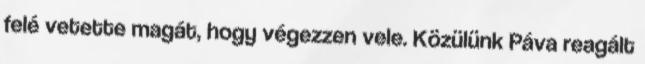
felé vetette magát, hogy végezzen vele. Közülünk Páva reagált